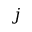
j